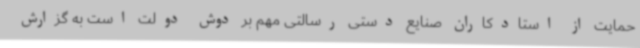
حمایت از استادکاران صنایع دستی رسالتی مهم بر دوش دولت است به گزارش